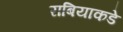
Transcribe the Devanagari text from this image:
राबियाकडे